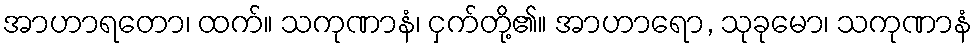
အာဟာရတော၊ ထက်။ သကုဏာနံ၊ ငှက်တို့၏။ အာဟာရော, သုခုမော၊ သကုဏာနံ